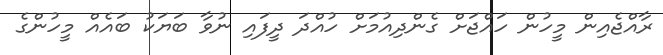
ރާއްޖެއިން މީހުން ހައްޖަށް ގެންދިއުމަށް ހުއްދަ ދީފައި ނުވާ ބަޔަކު ބައެއް މީހުންގެ